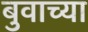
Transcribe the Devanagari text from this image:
बुवाच्या